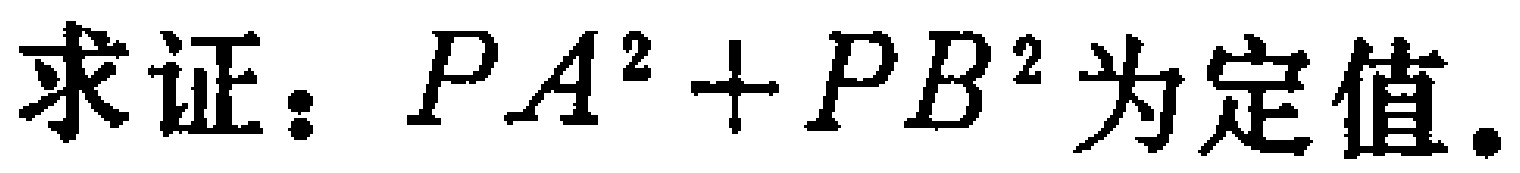
求证：\(PA^{2}+PB^{2}\)为定值.